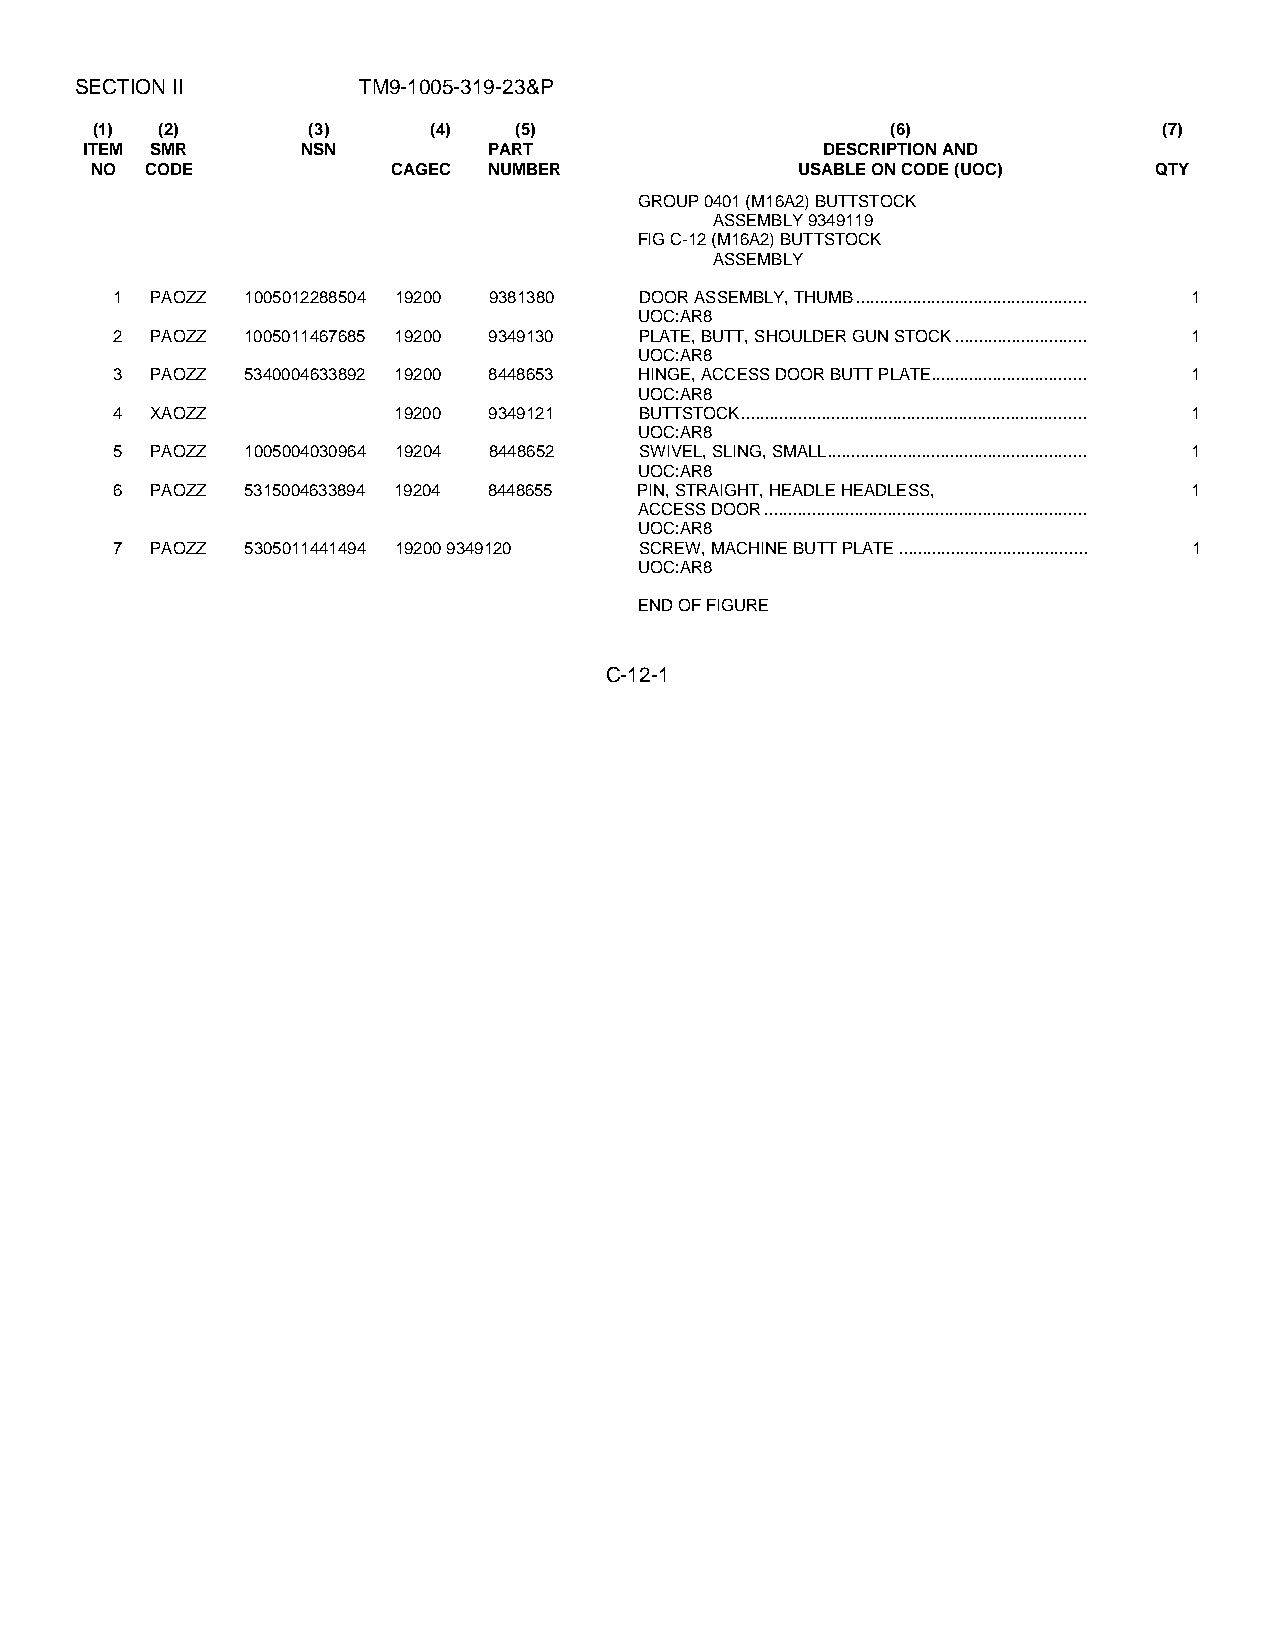
SECTION II         TM9-1005-319-23&P
 (1)  (2)      (3)     (4)   (5)                      (6)               (7)
 ITEM SMR      NSN         PART                  DESCRIPTION AND
 NO  CODE            CAGEC NUMBER               USABLE ON CODE (UOC)   QTY
 GROUP 0401 (M16A2) BUTTSTOCK
 ASSEMBLY 9349119
 FIG C-12 (M16A2) BUTTSTOCK
 ASSEMBLY
 1  PAOZZ 1005012288504 19200 9381380 DOOR ASSEMBLY, THUMB................................................. 1
 UOC:AR8
 2  PAOZZ 1005011467685 19200 9349130 PLATE, BUTT, SHOULDER GUN STOCK............................ 1
 UOC:AR8
 3  PAOZZ 5340004633892 19200 8448653 HINGE, ACCESS DOOR BUTT PLATE................................. 1
 UOC:AR8
 4  XAOZZ           19200 9349121   BUTTSTOCK......................................................................... 1
 UOC:AR8
 5  PAOZZ 1005004030964 19204 8448652 SWIVEL, SLING, SMALL....................................................... 1
 UOC:AR8
 6  PAOZZ 5315004633894 19204 8448655 PIN, STRAIGHT, HEADLE HEADLESS,    1
 ACCESS DOOR....................................................................
 UOC:AR8
 7  PAOZZ 5305011441494 19200 9349120 SCREW, MACHINE BUTT PLATE........................................ 1
 UOC:AR8
 END OF FIGURE
 C-12-1